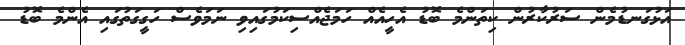
އަޅުގަނޑުމެން ސަރުކާރުން ކިތަންމެ ބޮޑު އެހީއެއް ހަމަޖެއްސިކަމުގައިވި ނަމަވެސް ހަގީގަތުގައި އެންމެ ބޮޑު